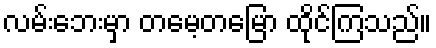
လမ်းဘေးမှာ တမေ့တမြော ထိုင်ကြသည်။